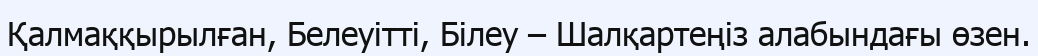
Қалмаққырылған, Белеуітті, Білеу – Шалқартеңіз алабындағы өзен.